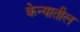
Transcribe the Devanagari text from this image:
केन्यातील